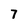
Character: 7